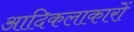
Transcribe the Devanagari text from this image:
आदिकलाकारों